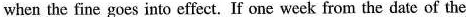
when the fine goes into effect. If one week from the date of the